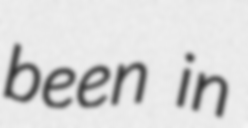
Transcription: been in